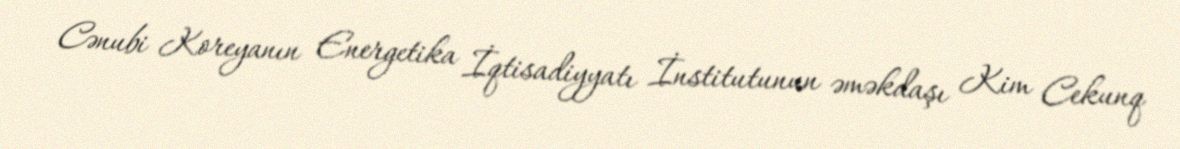
Cənubi Koreyanın Energetika İqtisadiyyatı İnstitutunun əməkdaşı Kim Cekunq